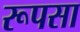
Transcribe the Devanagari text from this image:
रूपसा